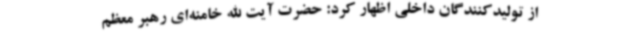
از تولیدکنندگان داخلی اظهار کرد: حضرت آیت الله خامنه‌ای رهبر معظم